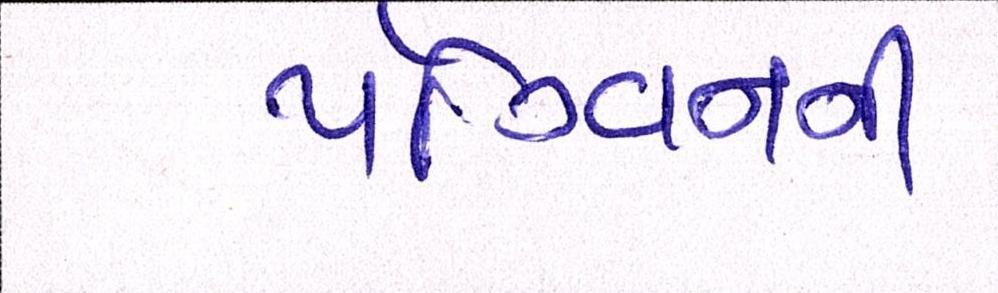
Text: પૅંગ્વિનની